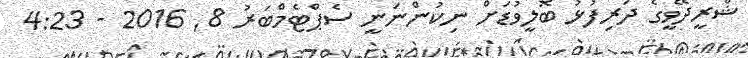
ޝްރީދޭވީގެ ދަރިފުޅު ބޮލީވުޑަށް ނިކުންނަނީ ސެޕްޓެމްބަރު 8